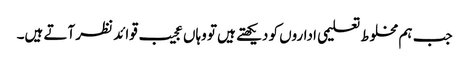
جب ہم مخلوط تعلیمی اداروں کو دیکھتے ہیں تو وہاں عجیب قوائد نظر آتے ہیں۔